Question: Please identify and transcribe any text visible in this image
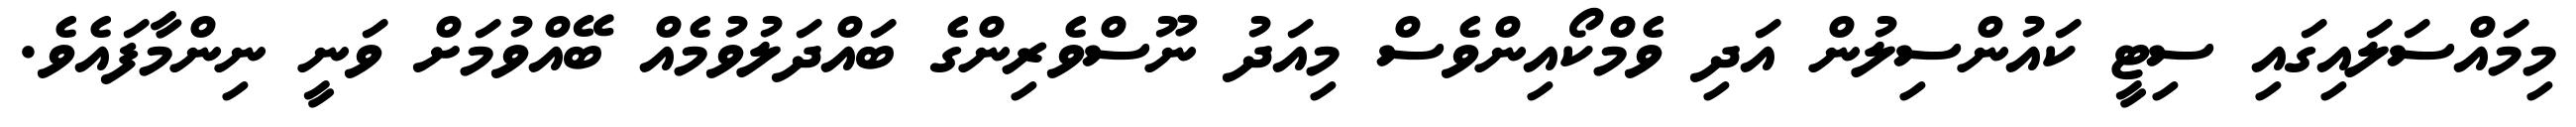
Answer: މިމައްސަލައިގައި ސިޓީ ކައުންސިލުން އަދި ވެމްކޯއިންވެސް މިއަދު ނޫސްވެރިންގެ ބައްދަލުވުމެއް ބޭއްވުމަށް ވަނީ ނިންމާފައެވެ.